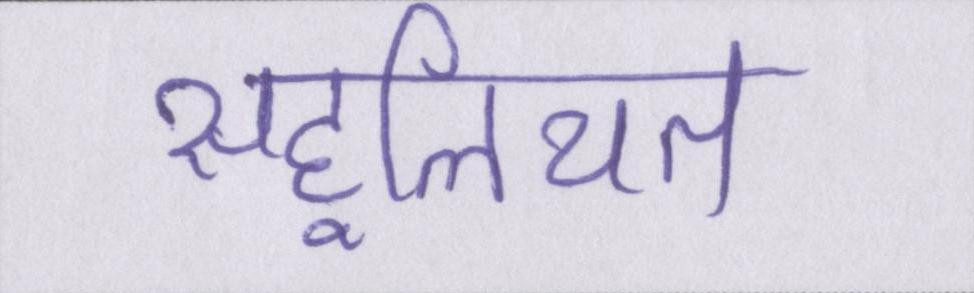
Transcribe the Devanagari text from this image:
सहूलियत